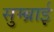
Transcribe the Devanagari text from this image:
सुम्ब्राई